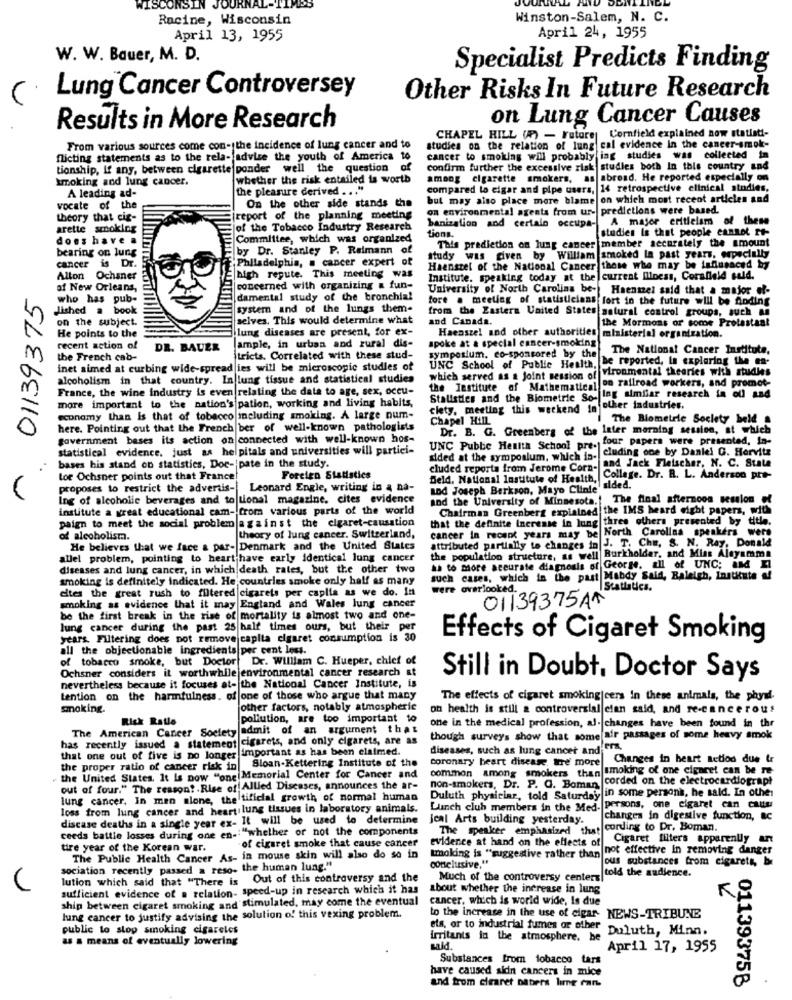
WISCONSIN
URNA
Racine, Wisconsin
Winston-Salem, N. C.
April 24, 1955
April 13, 1955
W. W. Bauer, M. D.
Specialist Predicts Finding
Lung Cancer Controversey
Other Risks In Future Research
on Lung Cancer Causes
Results in More Research
CHAPEL HILL (?) - Future Cornfield explained now statisti-
From various sources come con- the incidence of lung cancer and to
studies on the relation of lung cal evidence in the cancer-smok-
flicting statements as to the rela- advise the youth of America to
cancer to smoking will probably ing studies was collected in
tionship, if any, between cigarette ponder well the question o
confirm further the excessive zisk studies both In this country and
Imoking and lung cancer.
whether the risk entailed is worth
among cigarette smokers, as abroad. He reported especially on
A leading ad-
the pleasure derived ... "
compared lo eigar and pipe users,
14 retrospective clinical studies,
but may also place more blame on which most recent articles and
vocate of the
On the other side stands the
on environmental agents from ur- predictions were based.
theory that cig-
report of the planning meeting
banization and certalo occupa-
A major criticism of these
arette smoking
jof the Tobacco Industry Research
tions.
studies Is that people cannot rt-
does have .
Committee, which was organized
bearing on lung
by Dr. Stanley P. Reimann of
This prediction on lung cancer member accurately the amount
cancer is Dr.
Philadelphia, . cancer expert of
study was given by William
smoked la past years, especially
Haenstel of the National Cancer those who may be influenced by
n Ochaner
high repute. This meeting was
Institute. speaking today at the current Iliness, Corafield sald.
~ 01139375
of New Orleans,
|concerned with organizing & fun-
University of North Carolina be- Haenmel said that a major of-
who has pub-
damental study of the bronchial
fore . meeting of statisticians fort in the future will be Anding
Jished a book
system and of the lungs them-
from the Eastern United States natural control groups, such an
on the subject.
selves. This would determine what
and Canada.
He points to the
lung diseases are present, for ex-
the Mormons or some Protestant
spoke at a special cancer-smoking
Haenszel and other authorities ministerial organization.
recent action of
DR. BAUER
ample, in urban and rural dis-
The National Cancer Institute,
the French cab-
tricts. Correlated with these stud-
symposium. co-sponsored by the
UNC School of Public Health, be reported, In exploring the en-
inet aimed at curbing wide-spread ies will be microscopic studies of
which served as a joint session of vironmental theories with studies
alcoholism in that country. In lung tissue and statistical studies
the Institute of Mathematical on railroad workers, and promot-
France, the wine industry is even relating the data to age, sex, occu-
Statistics and the Biometrie So- Ing similar research ia oll and
more important to the nation's pation, working and living habits,
clety, meeting this weekend in other industries.
economy than Is that of tobacco including smoking. A large num-
Chapel Hill
The Biometrie Society beld
here. Pointing out that the French ber of well-known pathologists
Dr. B. G. Greenberg of the later morning session, at which
government bases its action on connected with well-known hos-
UNC Public Health School pre. tour papers were presented, In-
statistical evidence. just as helpitals and universities will partici-
cluding one by Daniel G. Horvitz
cluded reporta from Jerome Cora- and Jack Fleischer, N. C. State
sided at the symposium, which is-
bases his stand on statistics, Doc- pate in the study.
tor Ochsner points out that France!
Forcien Statistics
Deld, National Institute of Health, College. Dr. R. L. Anderson pre-
proposes to restrict the advertis- Leonard Engle, writing in a na-
and Joseph Berkson, Mayo Clinie aided.
Ing of alcoholic beverages and to tional magazine. cites evidence
and the University of Minnesota. The final afternoon session of
institute a great educational cam- from various parts of the world
Chairman Greenberg explained the IMS heard eight papers, with
that the definite increase in lung three others presented by title.
paign to meet the social problem against the cigaret-causation
cancer in recent years may be North Carolina speakers were
of alcoholisma.
theory of lung cancer. Switzerland,
attributed partially to changes in J. T. Che, S. N. Ray, Donald
He believes that we face a par- Denmark and the United States
the population structure, as well Burkholder, and Miss Aleyamma
allel problem, pointing to heart have early identical lung cancer
diseases and lung cancer, in which death rates, but the other two
as to more accurate diagnosis of George. all of UNC; aM KI
smoking is definitely indicated. He countries smoke only half as many
such cases, which in the past Mabdy Said, Raleigh, Institute
eltes the great rush to filtered cigarets per caplia as we do. In
were overlooked.
Statistics.
01139375AM
smoking as evidence that it may England and Wales lung cancer
be the first break in the rise of mortality is almost two and one-
lung cancer during the past 25 half times ours, but their per
years. Filtering does not remove capita cigaret consumption is 30
Effects of Cigaret Smoking
all the objectionable ingredients per cent less.
of tobacco smoke, but Doctor Dr. William C. Hueper, chief of
Ochsner considers it worthwhile environmental cancer research
Still in Doubt, Doctor Says
nevertheless because it focuses at- the National Cancer Institute, is
tention on the harmfulness. of one of those who argue that many
The effects of cigaret smoking|cers in these animals, the phyud.
gnoking.
other factors, notably atmospheric
on health is still a controversial cian said, and re-cancerous
Risk Ratle
pollution, are too important 10
The American Cancer Society admit
t an argument that
one in the medical profession, al- changes have been found in thr
has recently issued a statement cigarets, and only cigarets, are as
though surveys show that some afr passages of some heavy smok
that one out of five is no longer important as has been claimed.
diseases, such as lung cancer and era,
coronary heart disease are more Changes in heart action due &r
the United States. It is now "one Memorial Center for Cancer and
the proper ratio of cancer risk in
Sloan Kettering Institute of the
common among smokers than smoking of one cigaret can be re-
non-smokers, Dr. P. G. Boman corded on the electrocardiograpt
out of four." The reason? . Rise of Allied Diseases, announces the ar-
Duluth physiclar, told Saturday in some persona, he said. In other
lung cancer, In men alone, the tificial growth of normal human
loss from lung cancer and heart lung tissues in laboratory animals.
Lunch club members in the Med-
persons, one cigaret can cattu
discase deaths in a single year ex- It will be used to determine
jeal Arts building yesterday.
changes in digestive function, &C
ceeds battle losses during one en -: "whether or not the components
The speaker emphasized that cording to Dr. Boman.
of cigaret smoke that cause cancer evidence at h
evidence at hand on the effects of Cigaret filters apparently ant
tire year of the Korean war.
tmoking is "suggestive rather than not effective In removing danger
The Public Health Cancer As- in mouse skin will also do so in
conclusive,"
sociation recently passed a reso- the human lung."
ous substances from cigarets, br
lution which said that "There is Out of this controversy and the
Much of the controversy centerz|
told the audience.
sufficient evidence of a relation- speed-up in research which it has
about whether the increase in lung
ship between cigaret smoking and stimulated, may come the eventual
cancer, which is world wide, Is due
lung cancer to justify advising the solution of this vexing problem.
to the increase in the use of cigar- NEWS-TRIBUNE
public to stop smoking cigareles
els, or to industrial fumes or other
Duluth, Minn.
as a means of eventually lowering
Irritants in the atmosphere. he
April 17, 1955
Substances from tobacco tars
have caused sidin cancers in mice
and from cigaret Dabers lime ran.
01139375B